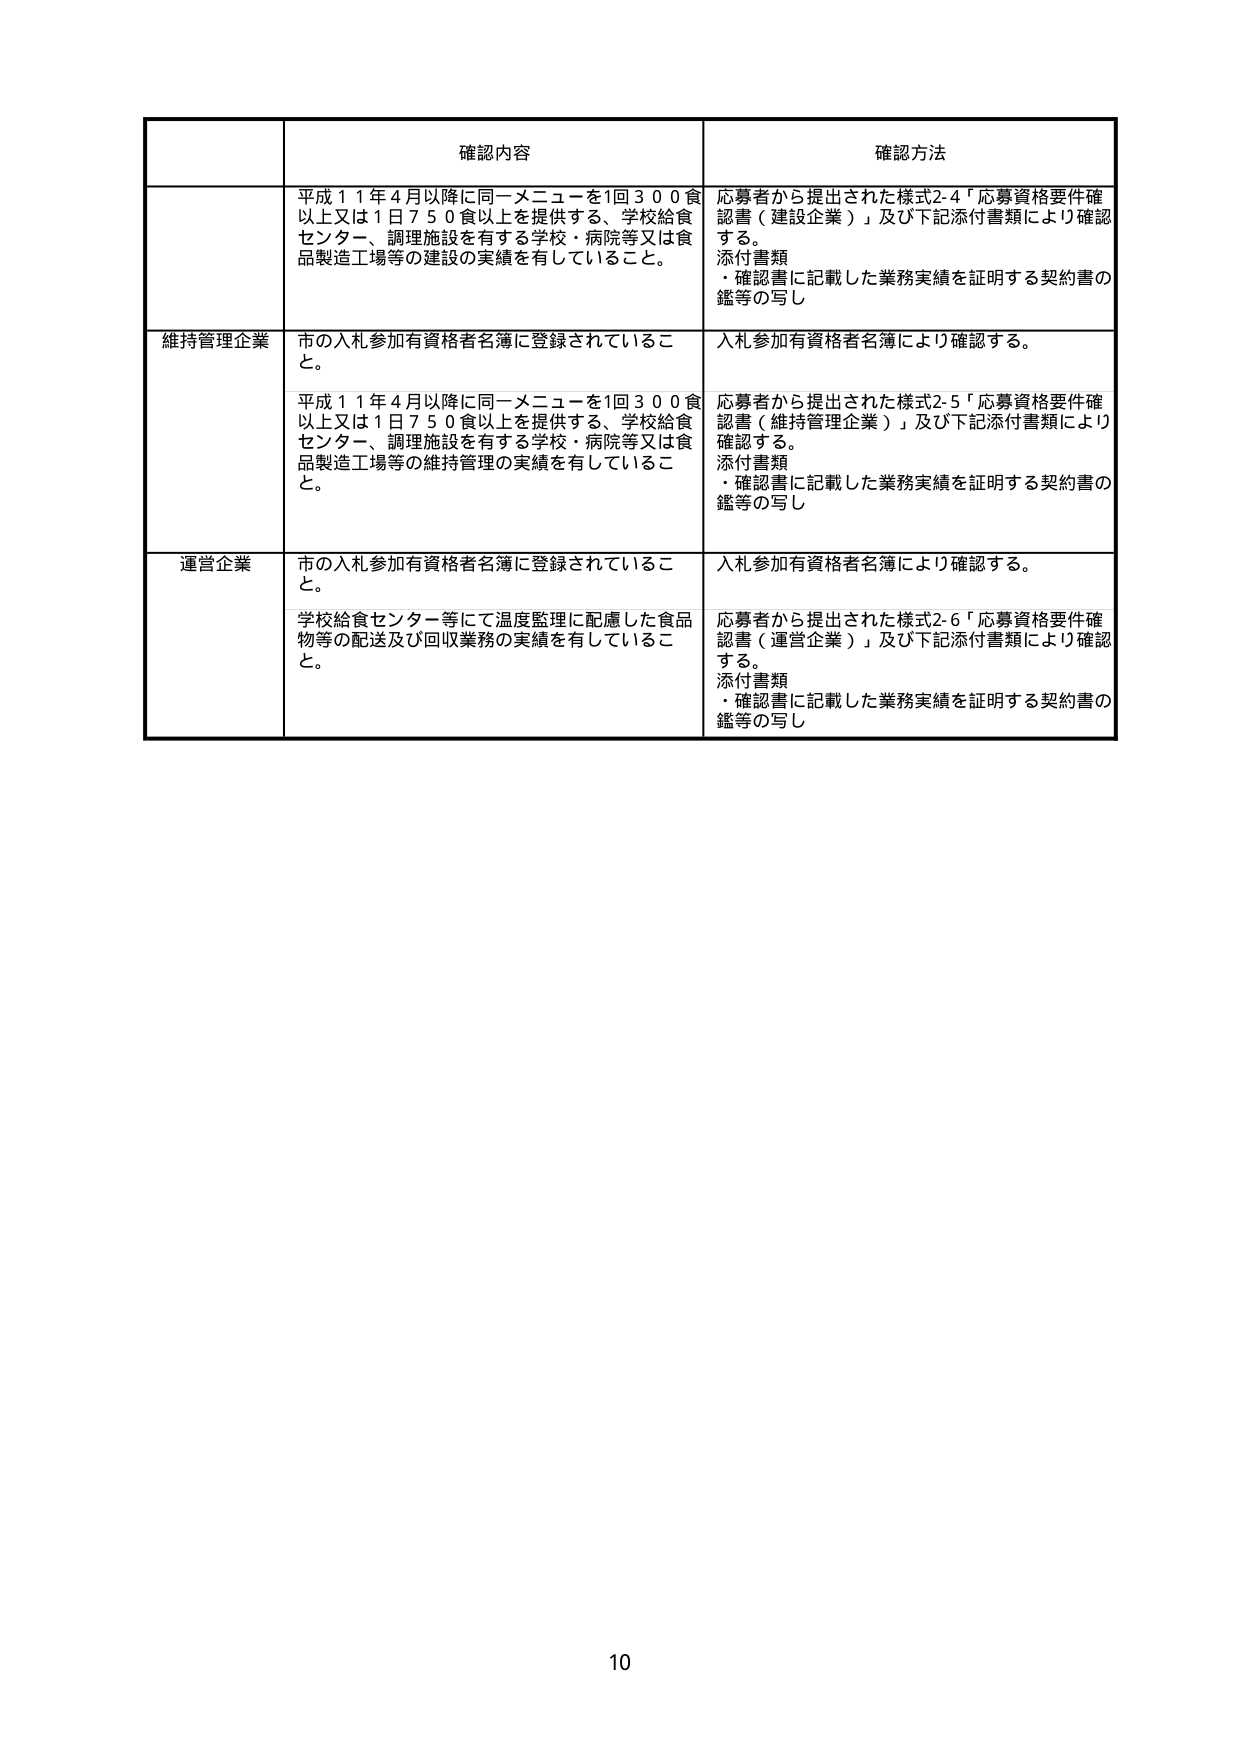
確認内容
確認方法

平成１１年４月以降に同一メニューを１回３００食以上又は１日７５０食以上を提供する、学校給食センター、調理施設を有する学校・病院等又は食品製造工場等の建設の実績を有していること。
応募者から提出された様式2-4「応募資格要件確認書（建設企業）」及び下記添付書類により確認する。
添付書類
・確認書に記載した業務実績を証明する契約書の鑑等の写し

維持管理企業
市の入札参加有資格者名簿に登録されていること。
入札参加有資格者名簿により確認する。

平成１１年４月以降に同一メニューを１回３００食以上又は１日７５０食以上を提供する、学校給食センター、調理施設を有する学校・病院等又は食品製造工場等の維持管理の実績を有していること。
応募者から提出された様式2-5「応募資格要件確認書（維持管理企業）」及び下記添付書類により確認する。
添付書類
・確認書に記載した業務実績を証明する契約書の鑑等の写し

運営企業
市の入札参加有資格者名簿に登録されていること。
入札参加有資格者名簿により確認する。

学校給食センター等にて温度監理に配慮した食品物等の配送及び回収業務の実績を有していること。
応募者から提出された様式2-6「応募資格要件確認書（運営企業）」及び下記添付書類により確認する。
添付書類
・確認書に記載した業務実績を証明する契約書の鑑等の写し

10